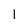
Character: 1